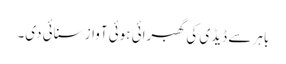
باہر سے ڈیڈی کی گھبرائی ہوئی آواز سنائی دی۔